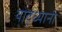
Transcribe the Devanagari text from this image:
योद्ध्यानी